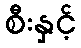
စီးနှင့်